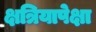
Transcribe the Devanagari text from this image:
क्षत्रियापेक्षा